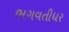
ભગવતીધર